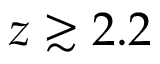
z \gtrsim 2 . 2